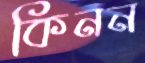
কিনন